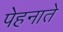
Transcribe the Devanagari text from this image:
पेहनाते